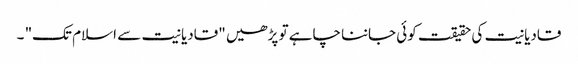
قادیانیت کی حقیقت کوئی جاننا چاہے تو پڑھیں "قادیانیت سے اسلام تک" ۔